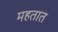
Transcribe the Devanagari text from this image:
महतात